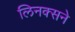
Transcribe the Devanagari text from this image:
लिनक्सने